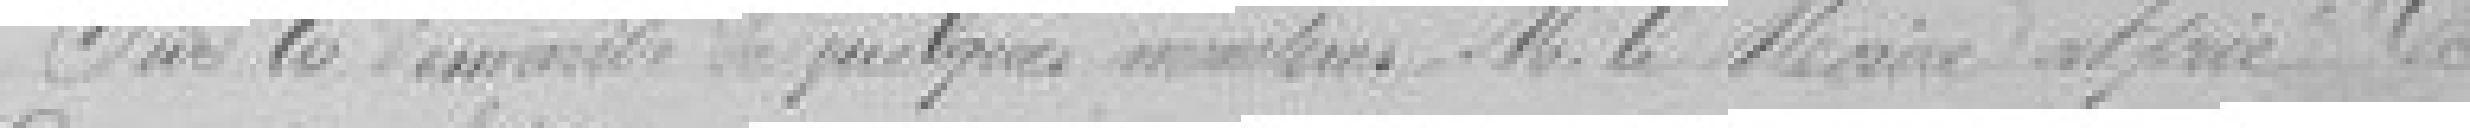
Sur la demande de quelques membres , Monsieur le Maire a prié le